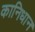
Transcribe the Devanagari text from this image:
कानिधान